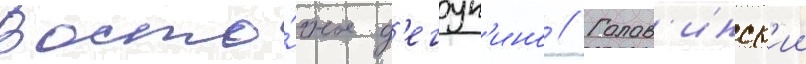
Восто́чное д'егун'ино // Голов'инск'ии